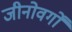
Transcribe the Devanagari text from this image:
जीनोवर्गों